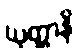
ယုတ္တာနိ